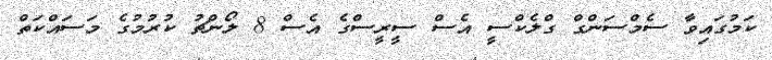
ކަމުގައިވާ ސެމްސަންގް ގްލެކްސީ އެސް ސީރީސްގެ އެސް 8 ލޯންޗު ކުރުމުގެ މަސައްކަތް